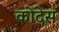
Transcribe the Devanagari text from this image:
कोदेस